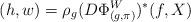
LaTeX: \begin{align*}(h,w) =\rho_g (D\Phi^W_{(g,\pi)})^*(f, X)\end{align*}